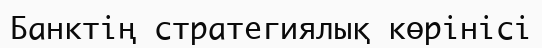
Банктің стратегиялық көрінісі